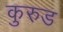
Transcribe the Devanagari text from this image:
कुरुड